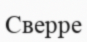
Сверре